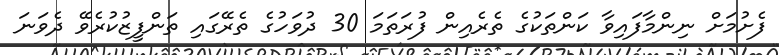
ފެށުމަށް ނިންމާފައިވާ ކަންތަކުގެ ތެރެއިން ފުރަތަމަ 30 ދުވަހުގެ ތެރޭގައި ތަންފީޒުކުރެވޭ ދެވަނަ